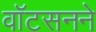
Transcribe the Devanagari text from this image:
वॉटसनने